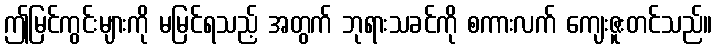
ဤမြင်ကွင်းများကို မမြင်ရသည့် အတွက် ဘုရားသခင်ကို စကားလက် ကျေးဇူးတင်သည်။